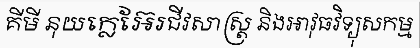
គីមី នុយក្លេអ៊ែរជីវសាស្ត្រ និងអាវុធវិទ្យុសកម្ម